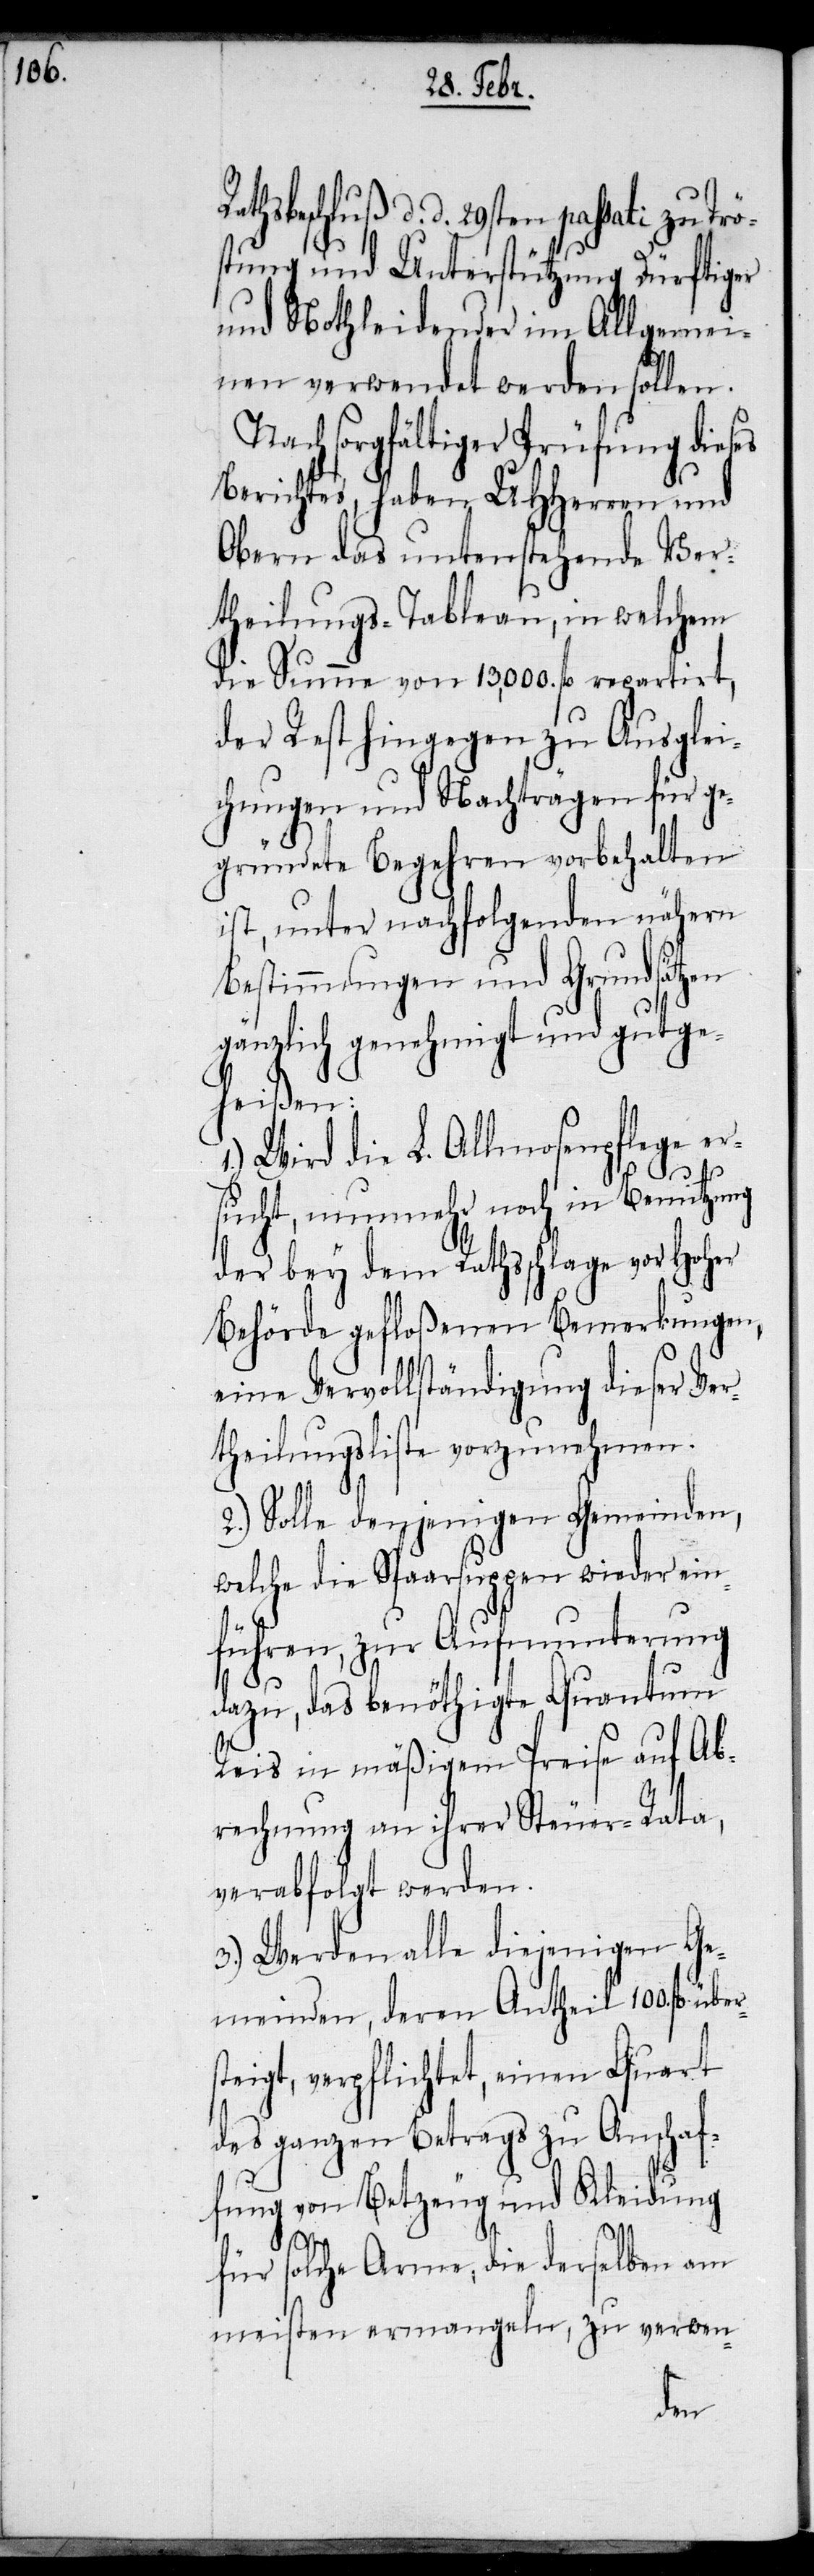
thsbeschluß d. d. 29sten passati zu Tr¬
tung und Unterstützung Dürftiger
und Nothleidender im Allgemei¬
nen verwendet werden sollen.
Nach sorgfältiger Prüfung dieses
Berichtes, haben UHHerren und
Obern das untenstehende Ver¬
theilungs-Tableau, in welchem
die Summe von 13,000 fl repartirt,
der Rest hingegen zu Ausglei¬
chungen und Nachträgen für ge¬
gründete Begehren vorbehalten
ist, unter nachfolgenden nähern
Bestimmungen und Grundsätzen
gänzlich genehmigt und gutge¬
heißen:
Wird die L. Allmosenpflege er¬
sucht, nunmehr noch in Benutzung
der bey dem Rathsschlage vor Hoher
Behörde gefloßenen Bemerkungen,
eine Vervollständigung dieser Ver¬
theilungsliste vorzunehmen.
2.) Solle denjenigen Gemeinden,
welche die Spaarsuppen wieder ein¬
führen, zur Aufmunterung
dazu, das benöthigte Quantum
Reis in mäßigem Preise auf Ab¬
rechnung an ihrer Steuer-Rata,
verabfolgt werden.
3.) Werden alle diejenigen Ge¬
meinden, deren Antheil 100. fl
steigt, verpflichtet, einen Quart
des ganzen Betrags zu Anschaf¬
fung von Betzeug und Kleidung
für solche Arme, die derselben am
meisten ermangeln, zu verwen-
über¬